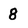
Character: 8